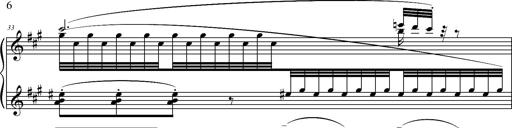
Title: 2 LÃ©gendes
Composer: Franz Liszt